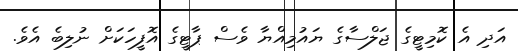
އަދި އެ ކޮމިޓީގެ ޖަލްސާގެ ޔައުމިއްޔާ ވެސް ޕާޓީގެ އޮފީހަކަށް ނުލިބެ އެވެ.